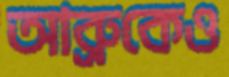
আব্রুকেও